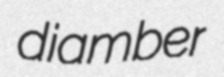
diamber